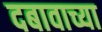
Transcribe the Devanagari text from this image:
दबावाच्या